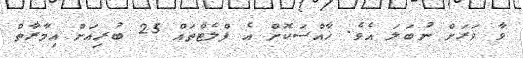
ވާ ވަރަށް ނުބަލަ އެވެ. ޚާއްސަކޮށް އެ ފްލެޓްތައް 25 ބުރިއަށް އިމާރާތް